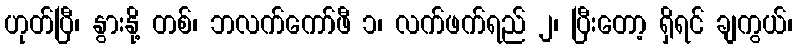
ဟုတ်ပြီ၊ နွားနို့ တစ်၊ ဘလက်ကော်ဖီ ၁၊ လက်ဖက်ရည် ၂၊ ပြီးတော့ ရှိရင် ချကွယ်၊